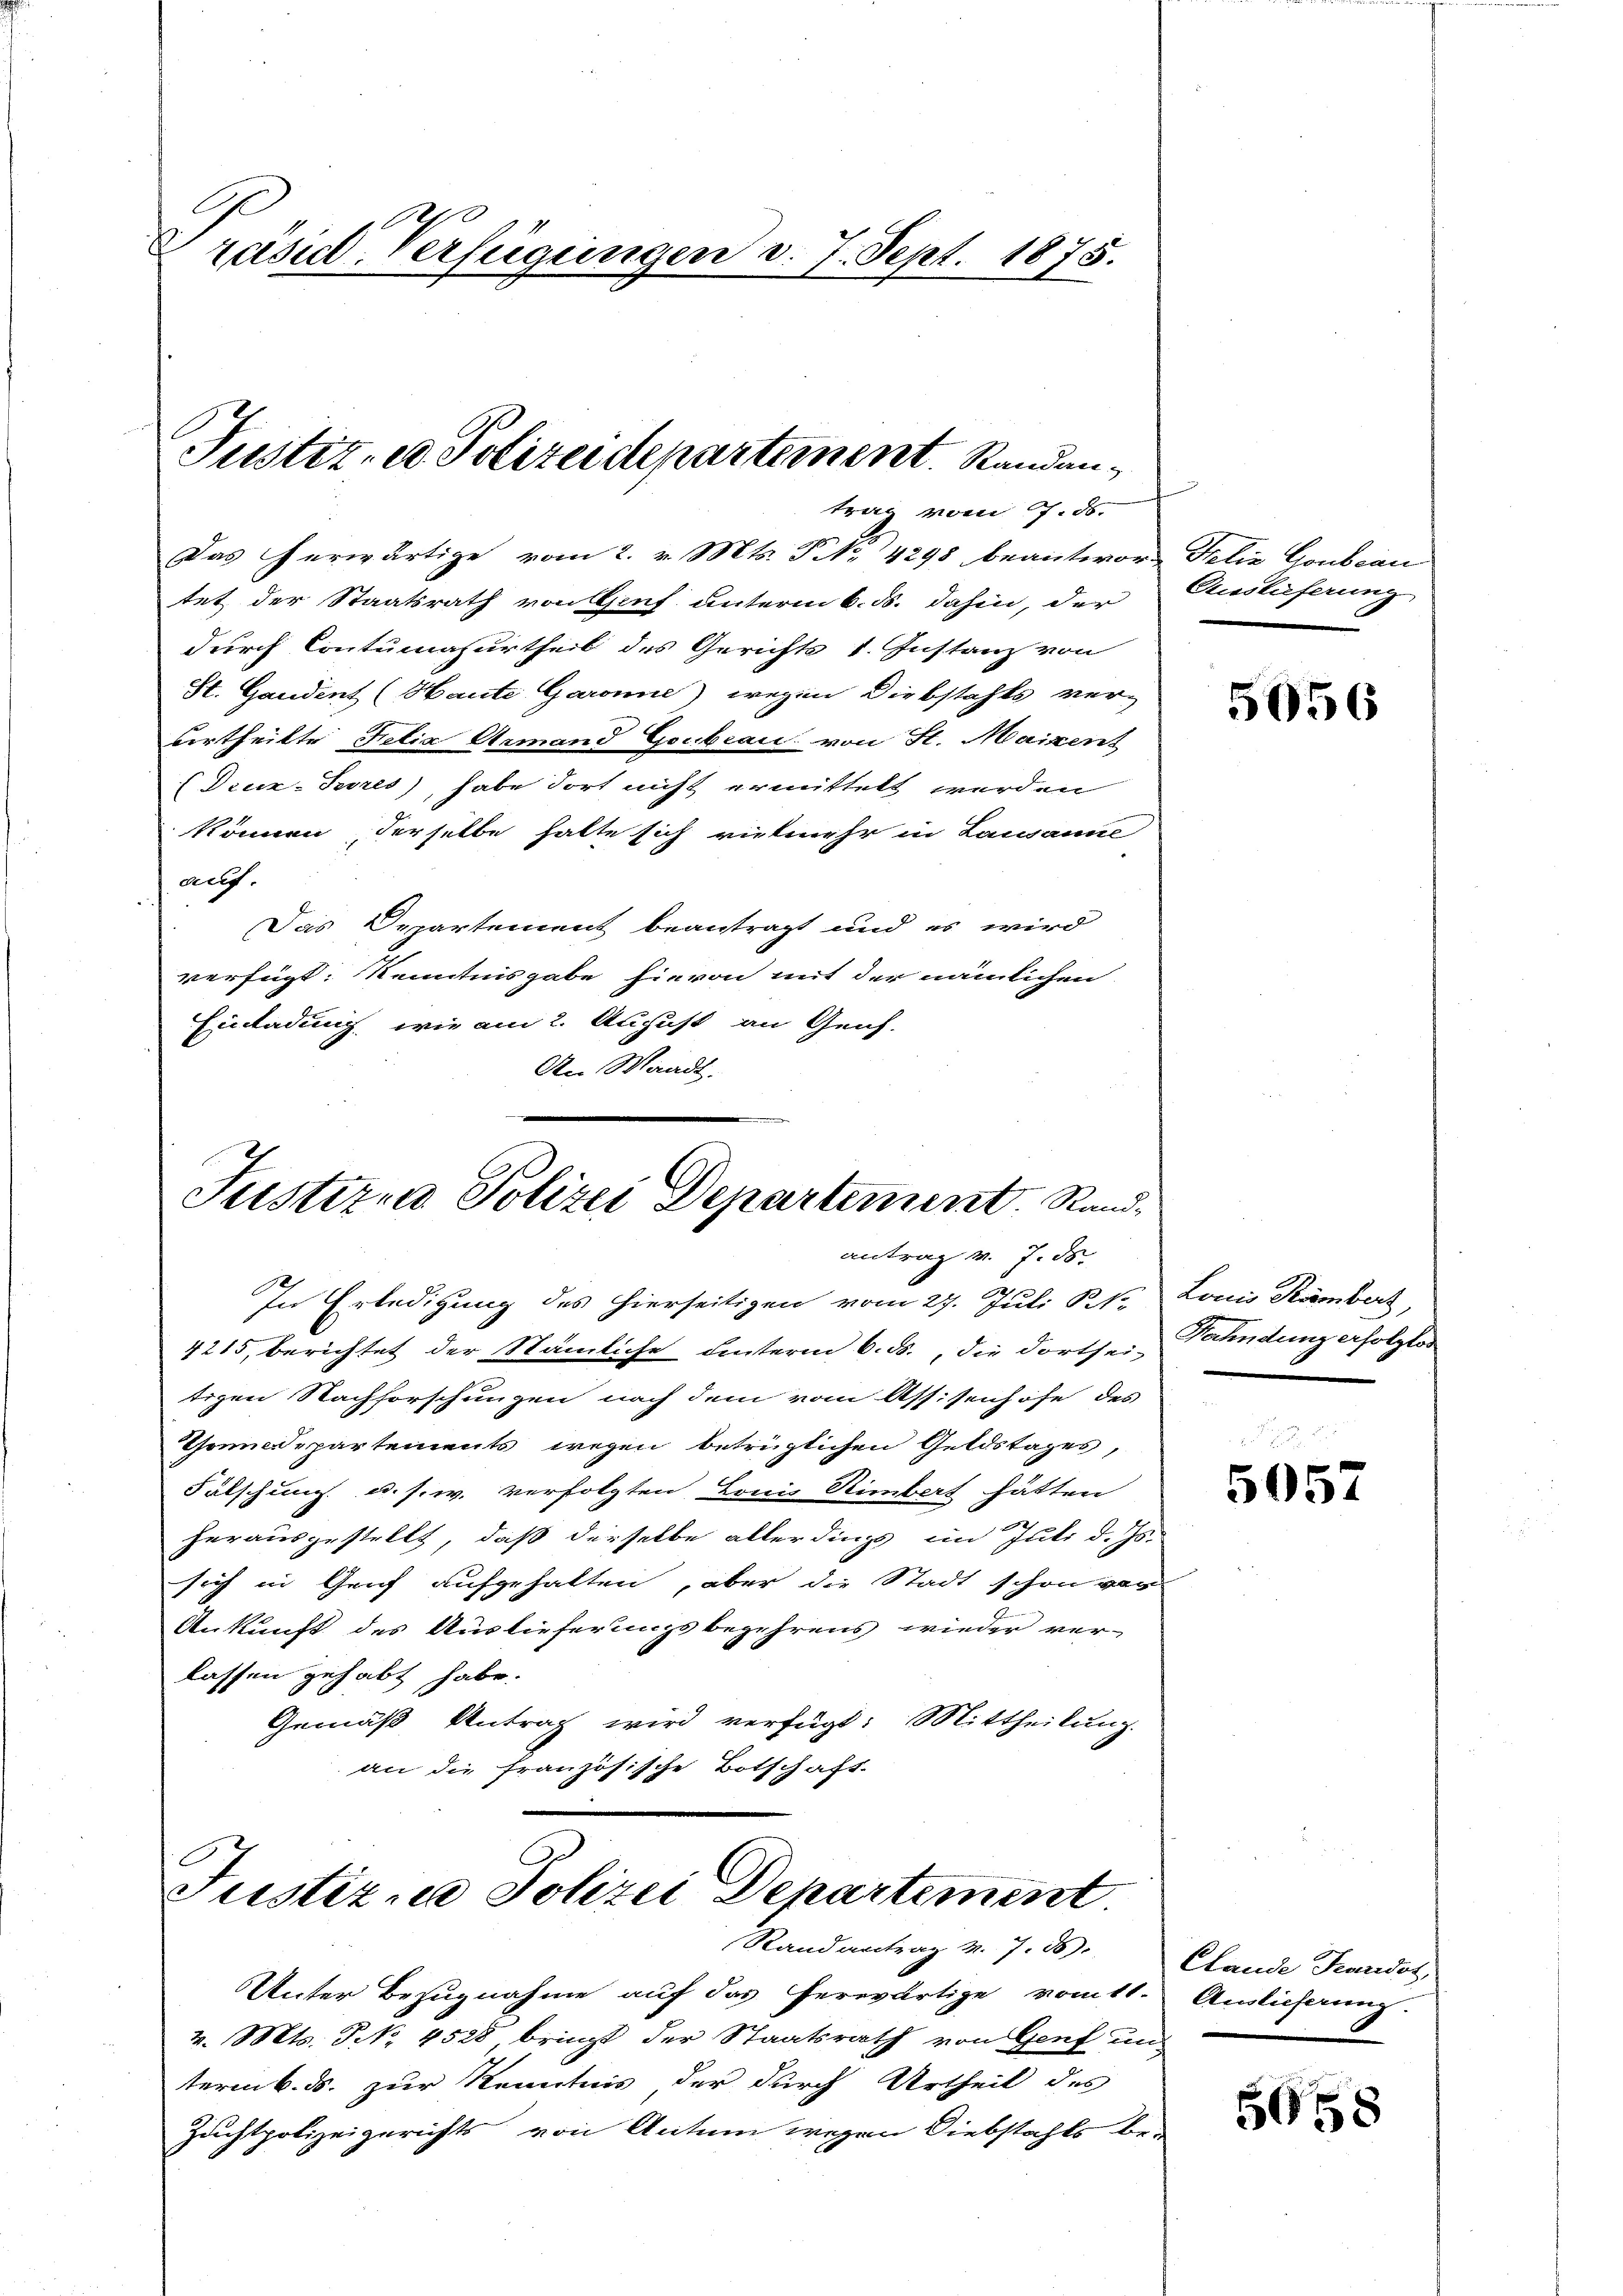
C
Präsid. Verfügungen d. 7. Sept. 1875.

Justiz- u. Polizeidepartement. Randan¬

Das herwärtige vom 2. v. Mts. No 4298 beantwort Felix Goubcau
tet der Staatsrath von Genf unterm 6. ds. dahin, der
durch Contumasurtheil des Gerichts 1. Instanz von
St. Gandent (Haute Garanne) wegen Diebstahls ver-
vertheilte Felix Ermand Goubian von St. Maizent
(Deux-Teres), habe dort nicht ermittelt werden
können, derselbe halte sich vielmehr in Lausanne
auf.
Das Departement beantragt und es wird
verfügt: Kenntnisgabe hievon mit der nämlichen
Einladung, wie am 2. August an Genf.
An Waadt.

Justizia Polizei Departement. Randantrag v. 7. ds.

In Erledigung des hierseitigen vom 27. Juli S.
4215, berichtet der Nämliche hinterm 6. ds., die dortsei-Paundung erfolglos
tizen Nachforschungen nach dem vom Assisenhöfe des
Thomadepartements wegen betrüglichen Geldstages,
Fälschung u. s. w. verfolgten Louis Rimbert hätten
herausgestellt, daß derselbe allerdings im Juli d. Js.
sich in Genf aufgehalten, aber die Stadt schon vor
Ankunft des Auslieferungsbegehrens wieder ver-
lassen gehabt habe.
Gemäß Antrag wird verfügt: Mittheilung.
an die französische Botschaft.

Justiz, Polizei Departement.
Stand antrag v. 7. 58

trag vom 7. ds.

Auslieferung

Unter Bezugnahme auf das herwärtige vomtl. Amlicherung.
v. Mts. Nr. 4528 bringt der Staatsrath von Genf un
term 6. ds. zur Kenntnis der durch Urtheil des
Zuchtpolizeigerichts von Actum wegen Diebstahls be¬

5056

Lonio Rämberg,

5057

Clande Fundot,

5658